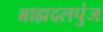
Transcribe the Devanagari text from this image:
ब्राह्मदलपुंज